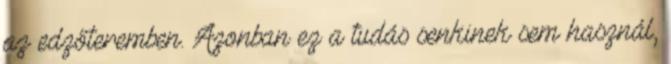
az edzőteremben. Azonban ez a tudás senkinek sem használ,